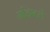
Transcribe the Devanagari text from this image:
मजिस्टर्ल